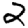
Digit: 2